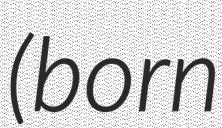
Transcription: (born